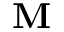
\textbf { M }